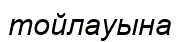
тойлауына